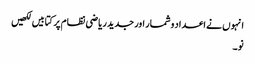
انہو ں نے اعداد وشمار اور جدید ریاضی نظام پر کتابیں لکھیں
نو۔